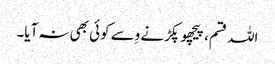
اللہ قسم، پیچھو پکڑنے وِسے کوئی بھی نہ آیا۔